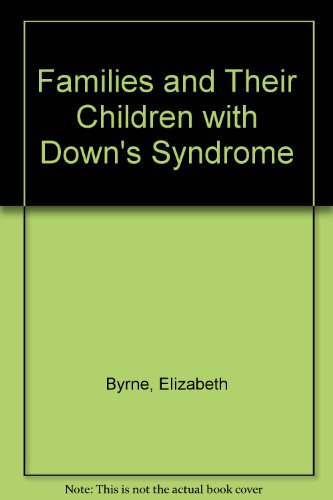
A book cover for Families and Their Children With Down's Syndrome; Elizabeth Byrne; Health, Fitness & Dieting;